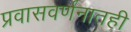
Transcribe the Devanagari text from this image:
प्रवासवर्णनातही